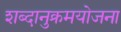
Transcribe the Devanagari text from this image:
शब्दानुक्रमयोजना